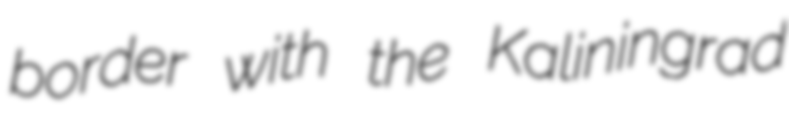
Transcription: border with the Kaliningrad